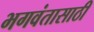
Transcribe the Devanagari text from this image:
भगवंतासाठी